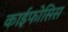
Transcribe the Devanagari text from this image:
काईफोसिस